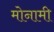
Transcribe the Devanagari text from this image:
मोनामी